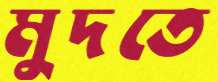
মুদতে